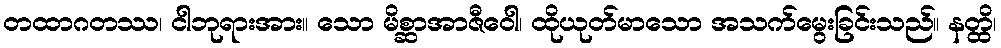
တထာဂတဿ၊ ငါဘုရားအား။ သော မိစ္ဆာအာဇီဝေါ၊ ထိုယုတ်မာသော အသက်မွေးခြင်းသည်။ နတ္ထိ၊